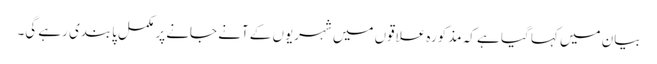
بیان میں کہا گیا ہے کہ مذکورہ علاقوں میں شہریوں کے آنے جانے پر مکمل پابندی رہے گی۔